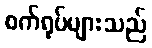
စက်ရုပ်များသည်